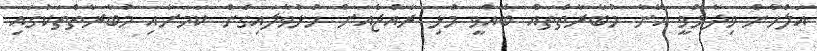
އަލްހާން ވިދާޅުވީ އޭނާ މުބާރާތްތައް ބޭއްވީ މުޅި ރާއްޖެއަށް ހުޅުވާލައިގެން ކަމަށާއި މުބާރާތްތަކުގައި